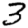
Digit: 3